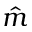
\hat { m }